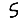
Digit: 5